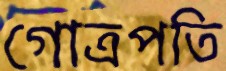
গোত্রপতি